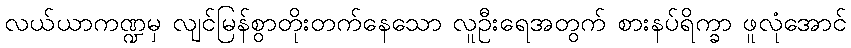
လယ်ယာကဏ္ဍမှ လျင်မြန်စွာတိုးတက်နေသော လူဦးရေအတွက် စားနပ်ရိက္ခာ ဖူလုံအောင်